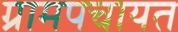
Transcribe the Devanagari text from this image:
ग्रामपचायत